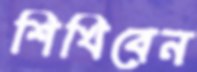
শিখিবেন